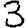
Digit: 3